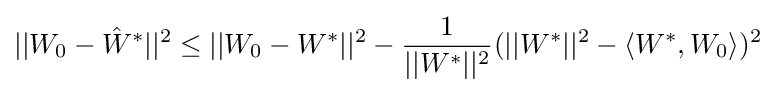
||W_{0}-{\hat {W}}^{*}||^{2}\leq ||W_{0}-W^{*}||^{2}-{\frac {1}{||W^{*}||^{2}}}(||W^{*}||^{2}-\langle W^{*},W_{0}\rangle )^{2}